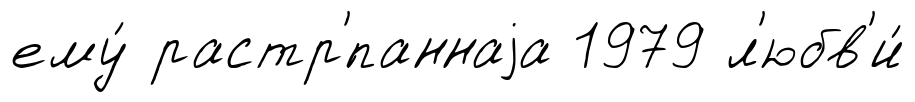
ему́ растр'́паннаjа 1979 л'юбв'и́